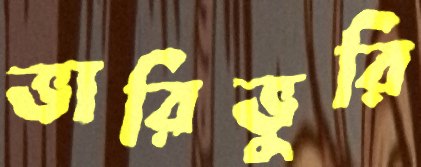
ভারিভুরি